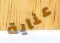
عناية